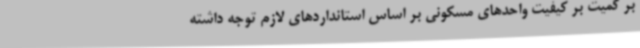
‌بر کمیت بر کیفیت واحدهای مسکونی بر اساس استانداردهای لازم توجه داشته